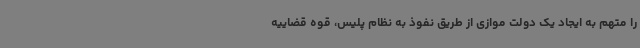
را متهم به ایجاد یک دولت موازی از طریق نفوذ به نظام پلیس، قوه قضاییه